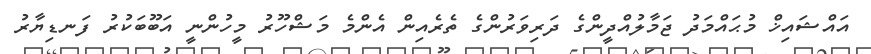
އައްޝައިޚް މުޙައްމަދު ޖަމާލުއްދީންގެ ދަރިވަރުންގެ ތެރެއިން އެންމެ މަޝްހޫރު މީހުންނީ އަބޫބަކުރު ފަނޑިޔާރު